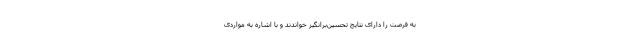
به فرصت را دارای نتایج تحسین‌برانگیز خواندند و با اشاره به مواردی